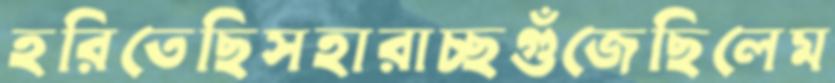
হরিতেছিসহারাচ্ছগুঁজেছিলেম